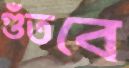
গুঁতবে